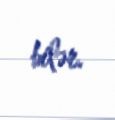
bilər.